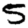
Digit: 5